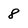
Character: 8